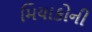
મિયાકોની